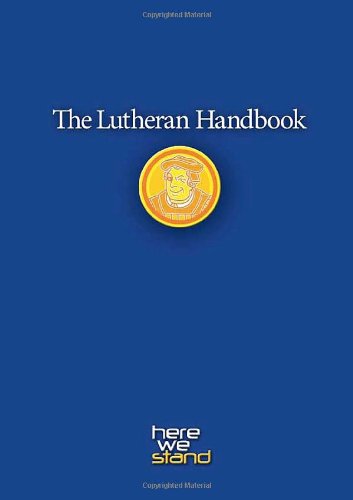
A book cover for The Lutheran Handbook: A Field Guide to Church Stuff, Everyday Stuff, and the Bible; Christian Books & Bibles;